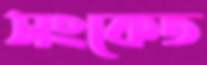
সংকেত